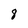
Character: 8